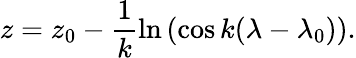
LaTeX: z=z_{0}-\frac{1}{k}\ln{\left(\cos{k(\lambda-\lambda_{0})}\right)}.